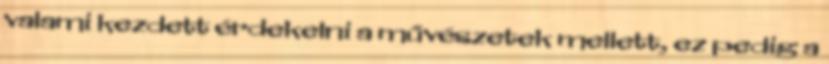
valami kezdett érdekelni a művészetek mellett, ez pedig a